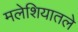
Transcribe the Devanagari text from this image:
मलेशियातले